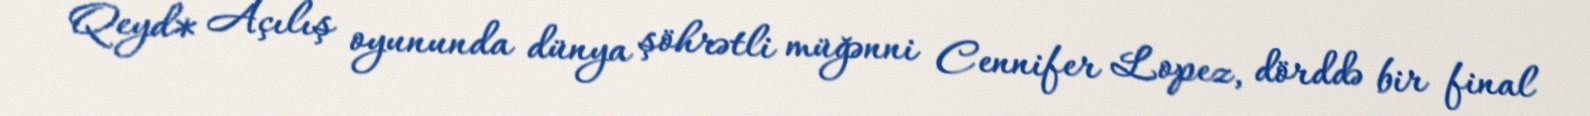
Qeyd* Açılış oyununda dünya şöhrətli müğənni Cennifer Lopez, dörddə bir final